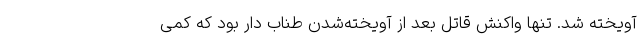
آویخته شد. تنها واکنش قاتل بعد از آویخته‌شدن طناب دار بود که کمی